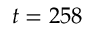
t = 2 5 8